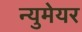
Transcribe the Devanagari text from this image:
न्युमेयर